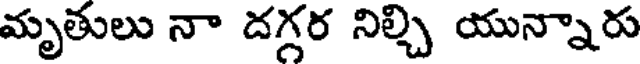
మృతులు నా దగ్గర నిల్చి యున్నారు